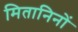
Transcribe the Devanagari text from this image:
मितानिनों